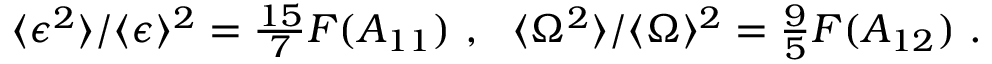
\begin{array} { r } { \langle \epsilon ^ { 2 } \rangle / \langle \epsilon \rangle ^ { 2 } = \frac { 1 5 } { 7 } F ( A _ { 1 1 } ) \ , \ \ \langle \Omega ^ { 2 } \rangle / \langle \Omega \rangle ^ { 2 } = \frac { 9 } { 5 } F ( A _ { 1 2 } ) \ . } \end{array}